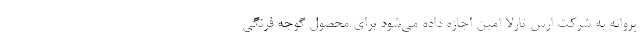
پروانه به شرکت ارس تارلا امین اجازه داده می‌شود برای محصول گوجه فرنگی